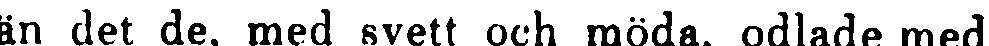
än det de, med svett och möda, odlade med